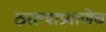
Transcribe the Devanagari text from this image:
ठरल्याप्रमाणेच